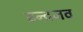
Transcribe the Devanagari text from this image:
इन्द्रजव